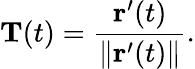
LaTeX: \mathbf{T}(t)={\frac{\mathbf{r}^{\prime}(t)}{\| \mathbf{r}^{\prime}(t)\| }}.